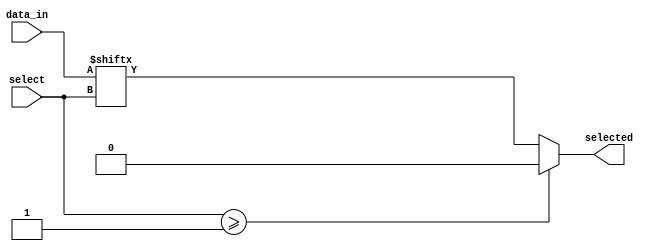
`timescale 1ns / 1ps
//////////////////////////////////////////////////////////////////////////////////
// Company: 
// Engineer: 
// 
// Design Name: 
// Module Name: NMux
// Project Name: 
// Target Devices: 
// Tool Versions: 
// Description: 
// 
// Dependencies: 
// 
// Revision:
// Revision 0.01 - File Created
// Additional Comments:
// 
//////////////////////////////////////////////////////////////////////////////////


module NMux#(parameter N=2)(
    input [N-1:0] data_in,
    input  [ 31:0] select,
    output reg selected
);
    localparam log2_n = $clog2(N);
    always @* begin
        if(select>=log2_n) begin
            selected <=0;
        end else begin
            selected <= data_in[select];
        end
    end
endmodule